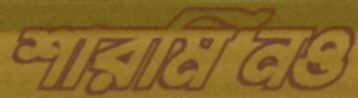
শারমিনও